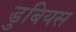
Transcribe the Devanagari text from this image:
डुबियस